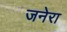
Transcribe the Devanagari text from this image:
जनेरा